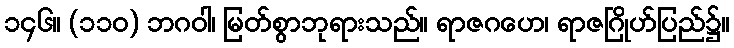
၁၄၆။ (၁၁၀) ဘဂဝါ၊ မြတ်စွာဘုရားသည်။ ရာဇဂဟေ၊ ရာဇဂြိုဟ်ပြည်၌။